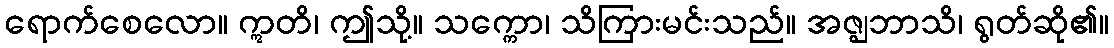
ရောက်စေလော။ ဣတိ၊ ဤသို့။ သက္ကော၊ သိကြားမင်းသည်။ အဇ္ဈဘာသိ၊ ရွတ်ဆို၏။